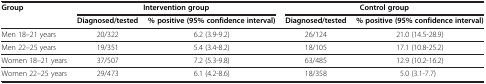
| <ROWSPAN=2> Group | <COLSPAN=2> Intervention group | <COLSPAN=2> Control group |
 | Diagnosed/tested | % positive (95% confidence interval) | Diagnosed/tested | % positive (95% confidence interval) |
 | --- | --- | --- | --- | --- |
 | Men 18–21 years | 20/322 | 6.2 (3.9-9.2) | 26/124 | 21.0 (14.5-28.9) |
 | Men 22–25 years | 19/351 | 5.4 (3.4-8.2) | 18/105 | 17.1 (10.8-25.2) |
 | Women 18–21 years | 37/507 | 7.2 (5.3-9.8) | 63/485 | 12.9 (10.2-16.2) |
 | Women 22–25 years | 29/473 | 6.1 (4.2-8.6) | 18/358 | 5.0 (3.1-7.7) |